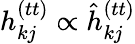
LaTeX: h_{kj}^{(tt)}\propto\hat{h}_{kj}^{(tt)}